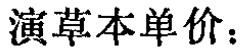
演草本单价：